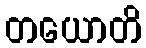
တယောတိ